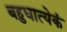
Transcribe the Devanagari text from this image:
बहुधात्येकं